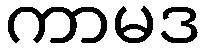
ကာမဒ